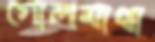
গোলমাথা